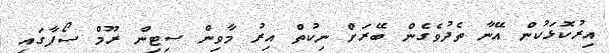
އިރުކޮޅަކުން އޭނާ ތެދުވެގެން ބޭރަށް ނިކުތް އިރު މާވިން ސިޓިން ރޫމް ސޯފާގައި